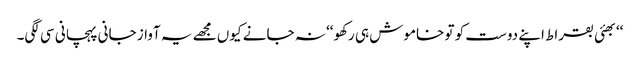
‘‘بھئی بقراط اپنے دوست کو تو خاموش ہی رکھو‘‘ نہ جانے کیوں مجھے یہ آواز جانی پہچانی سی لگی۔